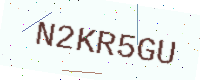
Text: N2KR5GU